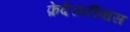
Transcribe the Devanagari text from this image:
फ़ेदेरातीवास